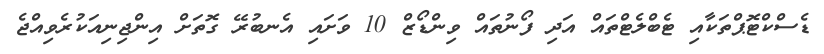
ޑެސްކްޓޮޕްތަކާއި ޓެބްލެޓްތައް އަދި ފޯނުތައް ވިންޑޯޒް 10 ވަށައި އެނބުރޭ ގޮތަށް އިންޖިނިއަކުރެވިއްޖެ